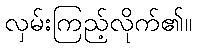
လှမ်းကြည့်လိုက်၏။